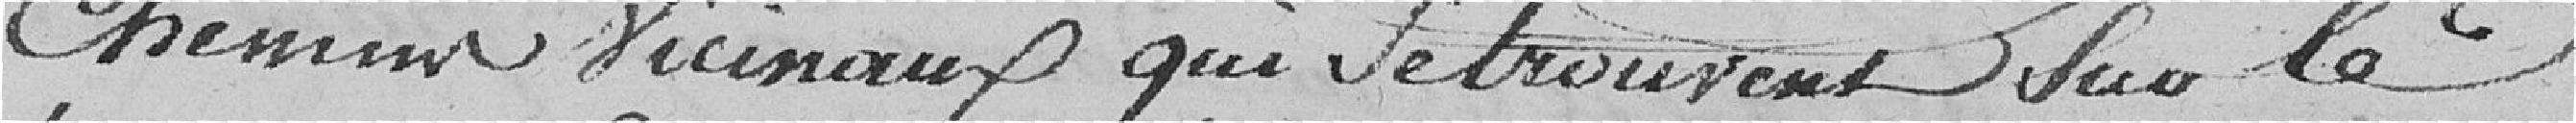
chemins vicinaux qui se trouvent sur le